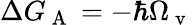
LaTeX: \Delta G_{\mathrm{~A~}}=-\hbar\Omega_{\mathrm{~v~}}